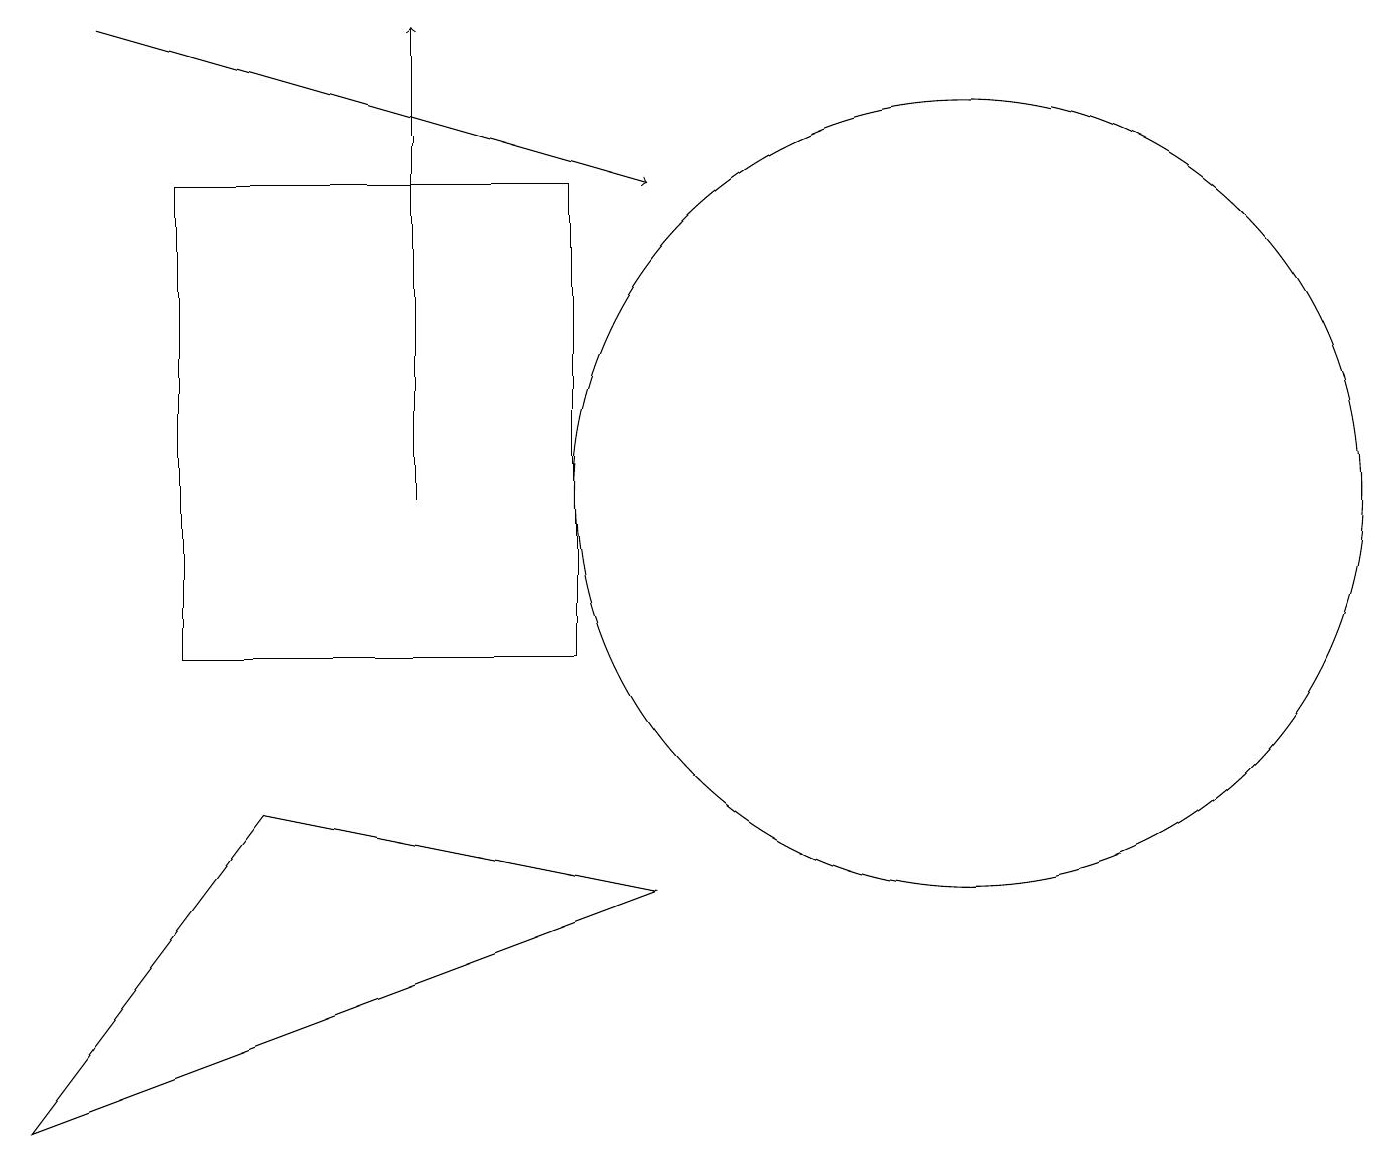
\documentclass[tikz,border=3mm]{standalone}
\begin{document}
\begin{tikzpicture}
\draw (7,16) rectangle (2,10);
\draw (12,12) circle (5);
\draw (3,8) -- (8,7) -- (0,4) -- cycle;
\draw (10,11) circle (0);
\draw[->] (5,12) -- (5,18);
\draw[->] (1,18) -- (8,16);
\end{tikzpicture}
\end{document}